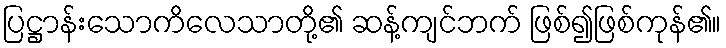
ပြဋ္ဌာန်းသောကိလေသာတို့၏ ဆန့်ကျင်ဘက် ဖြစ်၍ဖြစ်ကုန်၏။